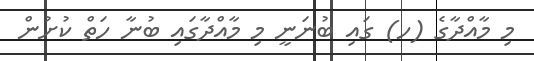
މި މާއްދާގެ (ހ) ގައި ބުނަނީ މި މާއްދާގައި ބުނާ ހަތް ކުށުން